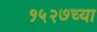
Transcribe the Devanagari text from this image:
१५२७च्या